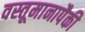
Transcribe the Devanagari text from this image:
वस्तूमानापैकी